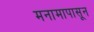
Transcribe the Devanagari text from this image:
मनामापासून